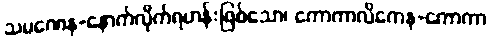
သမဏေန-နောက်လိုက်ရဟန်းဖြစ်သော၊ ကောကာလိကေန-ကောကာ